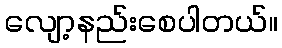
လျော့နည်းစေပါတယ်။